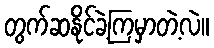
တွက်ဆနိုင်ခဲ့ကြမှာတဲ့လဲ။